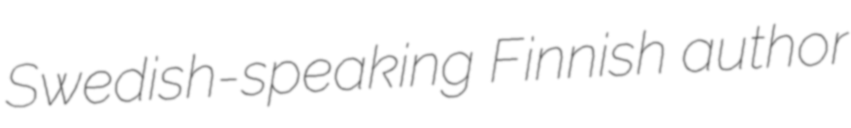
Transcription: Swedish-speaking Finnish author